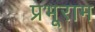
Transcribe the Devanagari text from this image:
प्रभूराम